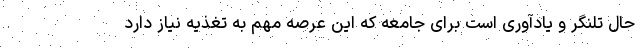
حال تلنگر و یادآوری است برای جامعه که این عرصه مهم به تغذیه نیاز دارد